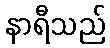
နာရီသည်